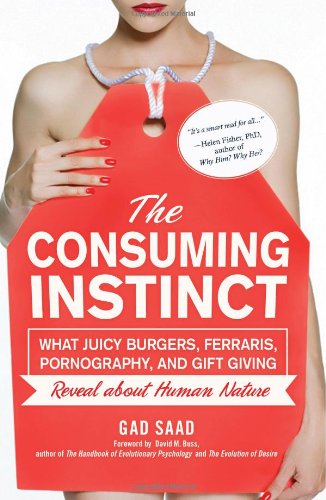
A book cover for The Consuming Instinct: What Juicy Burgers, Ferraris, Pornography, and Gift Giving Reveal About Human Nature; Gad Saad; Medical Books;